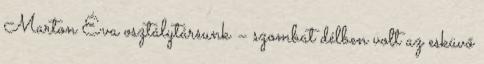
Marton Éva osztálytársunk – szombat délben volt az esküvő